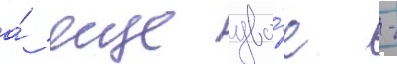
а́ еще дво́е -